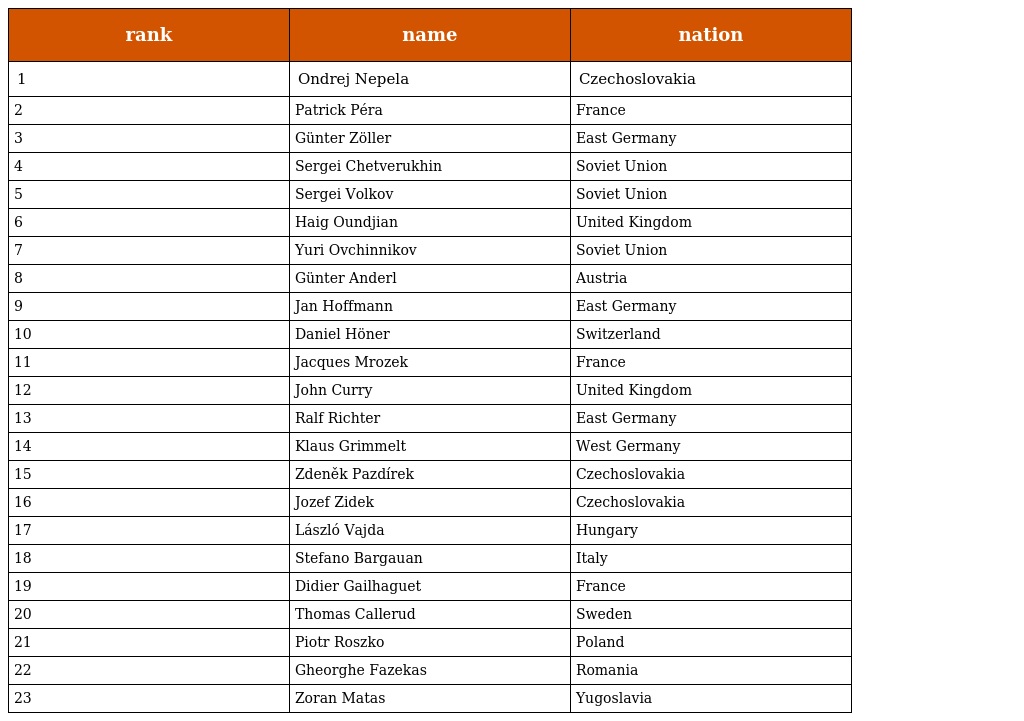
| rank | name | nation |
 | --- | --- | --- |
 | 1 | Ondrej Nepela | Czechoslovakia |
 | 2 | Patrick Péra | France |
 | 3 | Günter Zöller | East Germany |
 | 4 | Sergei Chetverukhin | Soviet Union |
 | 5 | Sergei Volkov | Soviet Union |
 | 6 | Haig Oundjian | United Kingdom |
 | 7 | Yuri Ovchinnikov | Soviet Union |
 | 8 | Günter Anderl | Austria |
 | 9 | Jan Hoffmann | East Germany |
 | 10 | Daniel Höner | Switzerland |
 | 11 | Jacques Mrozek | France |
 | 12 | John Curry | United Kingdom |
 | 13 | Ralf Richter | East Germany |
 | 14 | Klaus Grimmelt | West Germany |
 | 15 | Zdeněk Pazdírek | Czechoslovakia |
 | 16 | Jozef Zidek | Czechoslovakia |
 | 17 | László Vajda | Hungary |
 | 18 | Stefano Bargauan | Italy |
 | 19 | Didier Gailhaguet | France |
 | 20 | Thomas Callerud | Sweden |
 | 21 | Piotr Roszko | Poland |
 | 22 | Gheorghe Fazekas | Romania |
 | 23 | Zoran Matas | Yugoslavia |